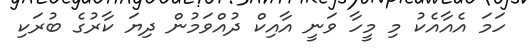
ހަމަ އެއާއެކު މި މީހާ ވަނީ އާއިކް ދުއްވަމުން ދިޔަ ކާރުގެ ބުރަކި